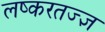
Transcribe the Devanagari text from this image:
लष्करतज्ज्ञ